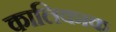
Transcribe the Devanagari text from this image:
कालिकाक